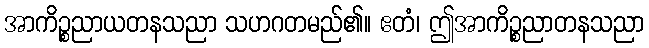
အာကိဉ္စညာယတနသညာ သဟဂတမည်၏။ ဧတံ၊ ဤအာကိဉ္စညာတနသညာ